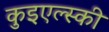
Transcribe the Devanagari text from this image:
कुइएल्स्की